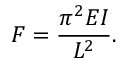
F = { \frac { \pi ^ { 2 } E I } { L ^ { 2 } } } .